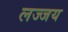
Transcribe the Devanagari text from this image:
लज्जय